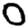
Digit: 0